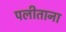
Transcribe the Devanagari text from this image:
पलीताना